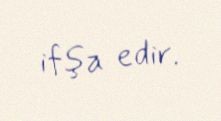
ifşa edir.